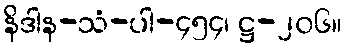
နိဒါန-သံ-ပါ-၄၅၄၊ ဋ္ဌ-၂၀၆။